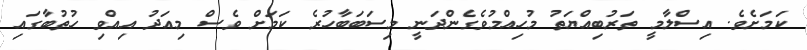
ކަމަށެވެ. އިސްލާމީ ތަރުބިއްޔަތު މުހިއްމުވެގެންދަނީ މިސަބަބާހުރެ ކަމަށް ވެސް މިއަދު އިއްވި ހުތުބާގައި